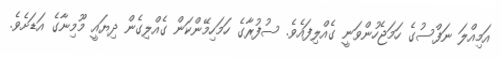
އަމިއްލަ ނަފްސުގެ ހަމަޖެހުންވަނީ ގެއްލިފައެވެ. ސުފުރާގެ ހަމަހިމޭންކަން ގެއްލިގެން ދިޔައީ މޫމިނާގެ އަޑަށެވެ.